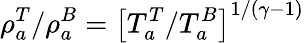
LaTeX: \rho_{a}^{T}/\rho_{a}^{B}=\left[T_{a}^{T}/T_{a}^{B}\right]^{1/\left(\gamma-1\right)}